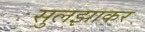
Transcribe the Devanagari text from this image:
सुलझाकर